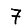
Digit: 7